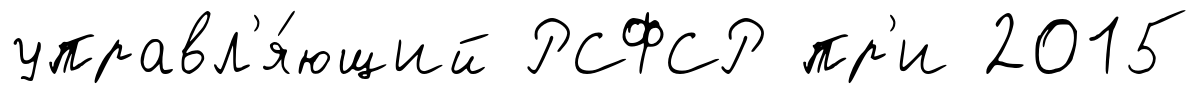
управл'я́ющий РСФСР пр'и 2015